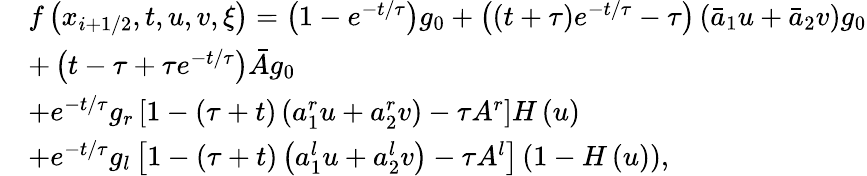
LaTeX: \begin{array}{rl}&{f\left({{x}_{i+1/2}},t,u,v,\xi\right)=\left(1-{{e}^{-t/\tau}}\right){{g}_{0}}+\left(\left(t+\tau\right){{e}^{-t/\tau}}-\tau\right)\left({{{\bar{a}}}_{1}}u+{{{\bar{a}}}_{2}}v\right){{g}_{0}}}\\ &{+\left(t-\tau+\tau{{e}^{-t/\tau}}\right)\bar{A}{{g}_{0}}}\\ &{+{{e}^{-t/\tau}}{{g}_{r}}\left[1-\left(\tau+t\right)\left(a_{1}^{r}u+a_{2}^{r}v\right)-\tau{{A}^{r}}\right]H\left(u\right)}\\ &{+{{e}^{-t/\tau}}{{g}_{l}}\left[1-\left(\tau+t\right)\left(a_{1}^{l}u+a_{2}^{l}v\right)-\tau{{A}^{l}}\right]\left(1-H\left(u\right)\right),}\end{array}